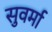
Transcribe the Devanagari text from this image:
सुवर्मा